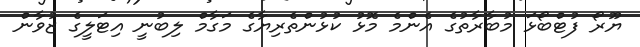
ޔޫރޯ ފުޓްބޯޅަ މުބާރާތުގެ އެންމެ މޮޅު ކުޅުންތެރިޔާގެ މަގާމް ލިބުނީ އިޓަލީގެ ޒުވާން